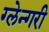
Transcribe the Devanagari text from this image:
ग्लेन्गरी